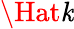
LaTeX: \Hat{\mathit{k}}